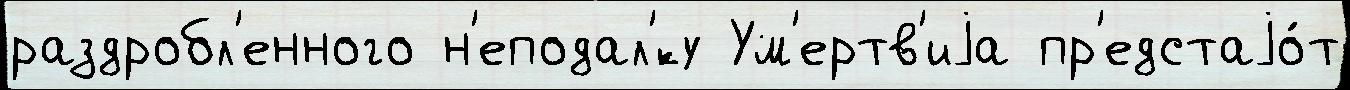
раздробл'енного н'еподал'́ку Ум'ертв'иjа пр'едстаjо́т